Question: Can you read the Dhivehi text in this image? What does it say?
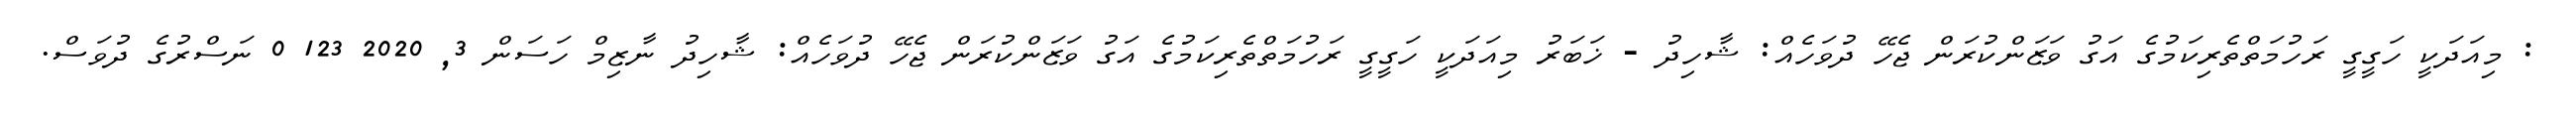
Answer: : މިއަދަކީ ހަގީގީ ރަހުމަތްތެރިކަމުގެ އަގު ވަޒަންކުރަން ޖެހޭ ދުވަހެއް: ޝާހިދު - ޚަބަރު މިއަދަކީ ހަގީގީ ރަހުމަތްތެރިކަމުގެ އަގު ވަޒަންކުރަން ޖެހޭ ދުވަހެއް: ޝާހިދު ނާޒިމް ހަސަން 3, 2020 123 0 ނަސްރުގެ ދުވަސް.